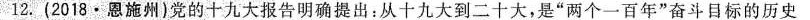
12.(2018·恩施州)党的十九大报告明确提出：从十九大到二十大，是”两个一百年”奋斗目标的历史